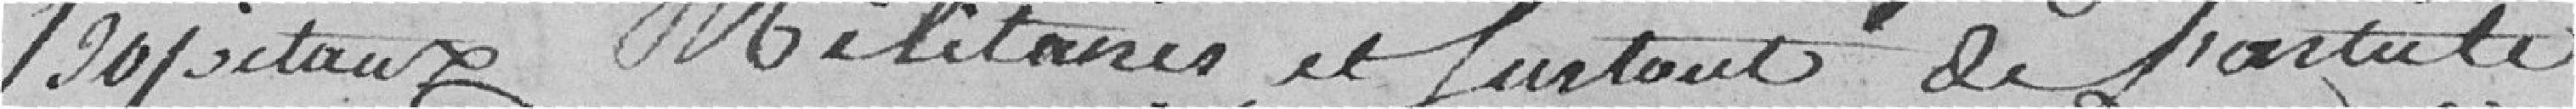
hopitaux Militaire et Surtout de L'article